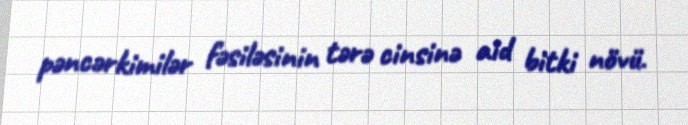
pəncərkimilər fəsiləsinin tərə cinsinə aid bitki növü.